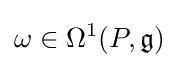
\omega \in \Omega ^{1}(P,{\mathfrak {g}})